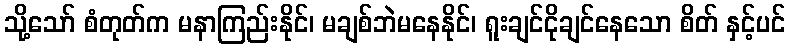
သို့သော် စံတုတ်က မနာကြည်းနိုင်၊ မချစ်ဘဲမနေနိုင်၊ ရူးချင်ငိုချင်နေသော စိတ် နှင့်ပင်